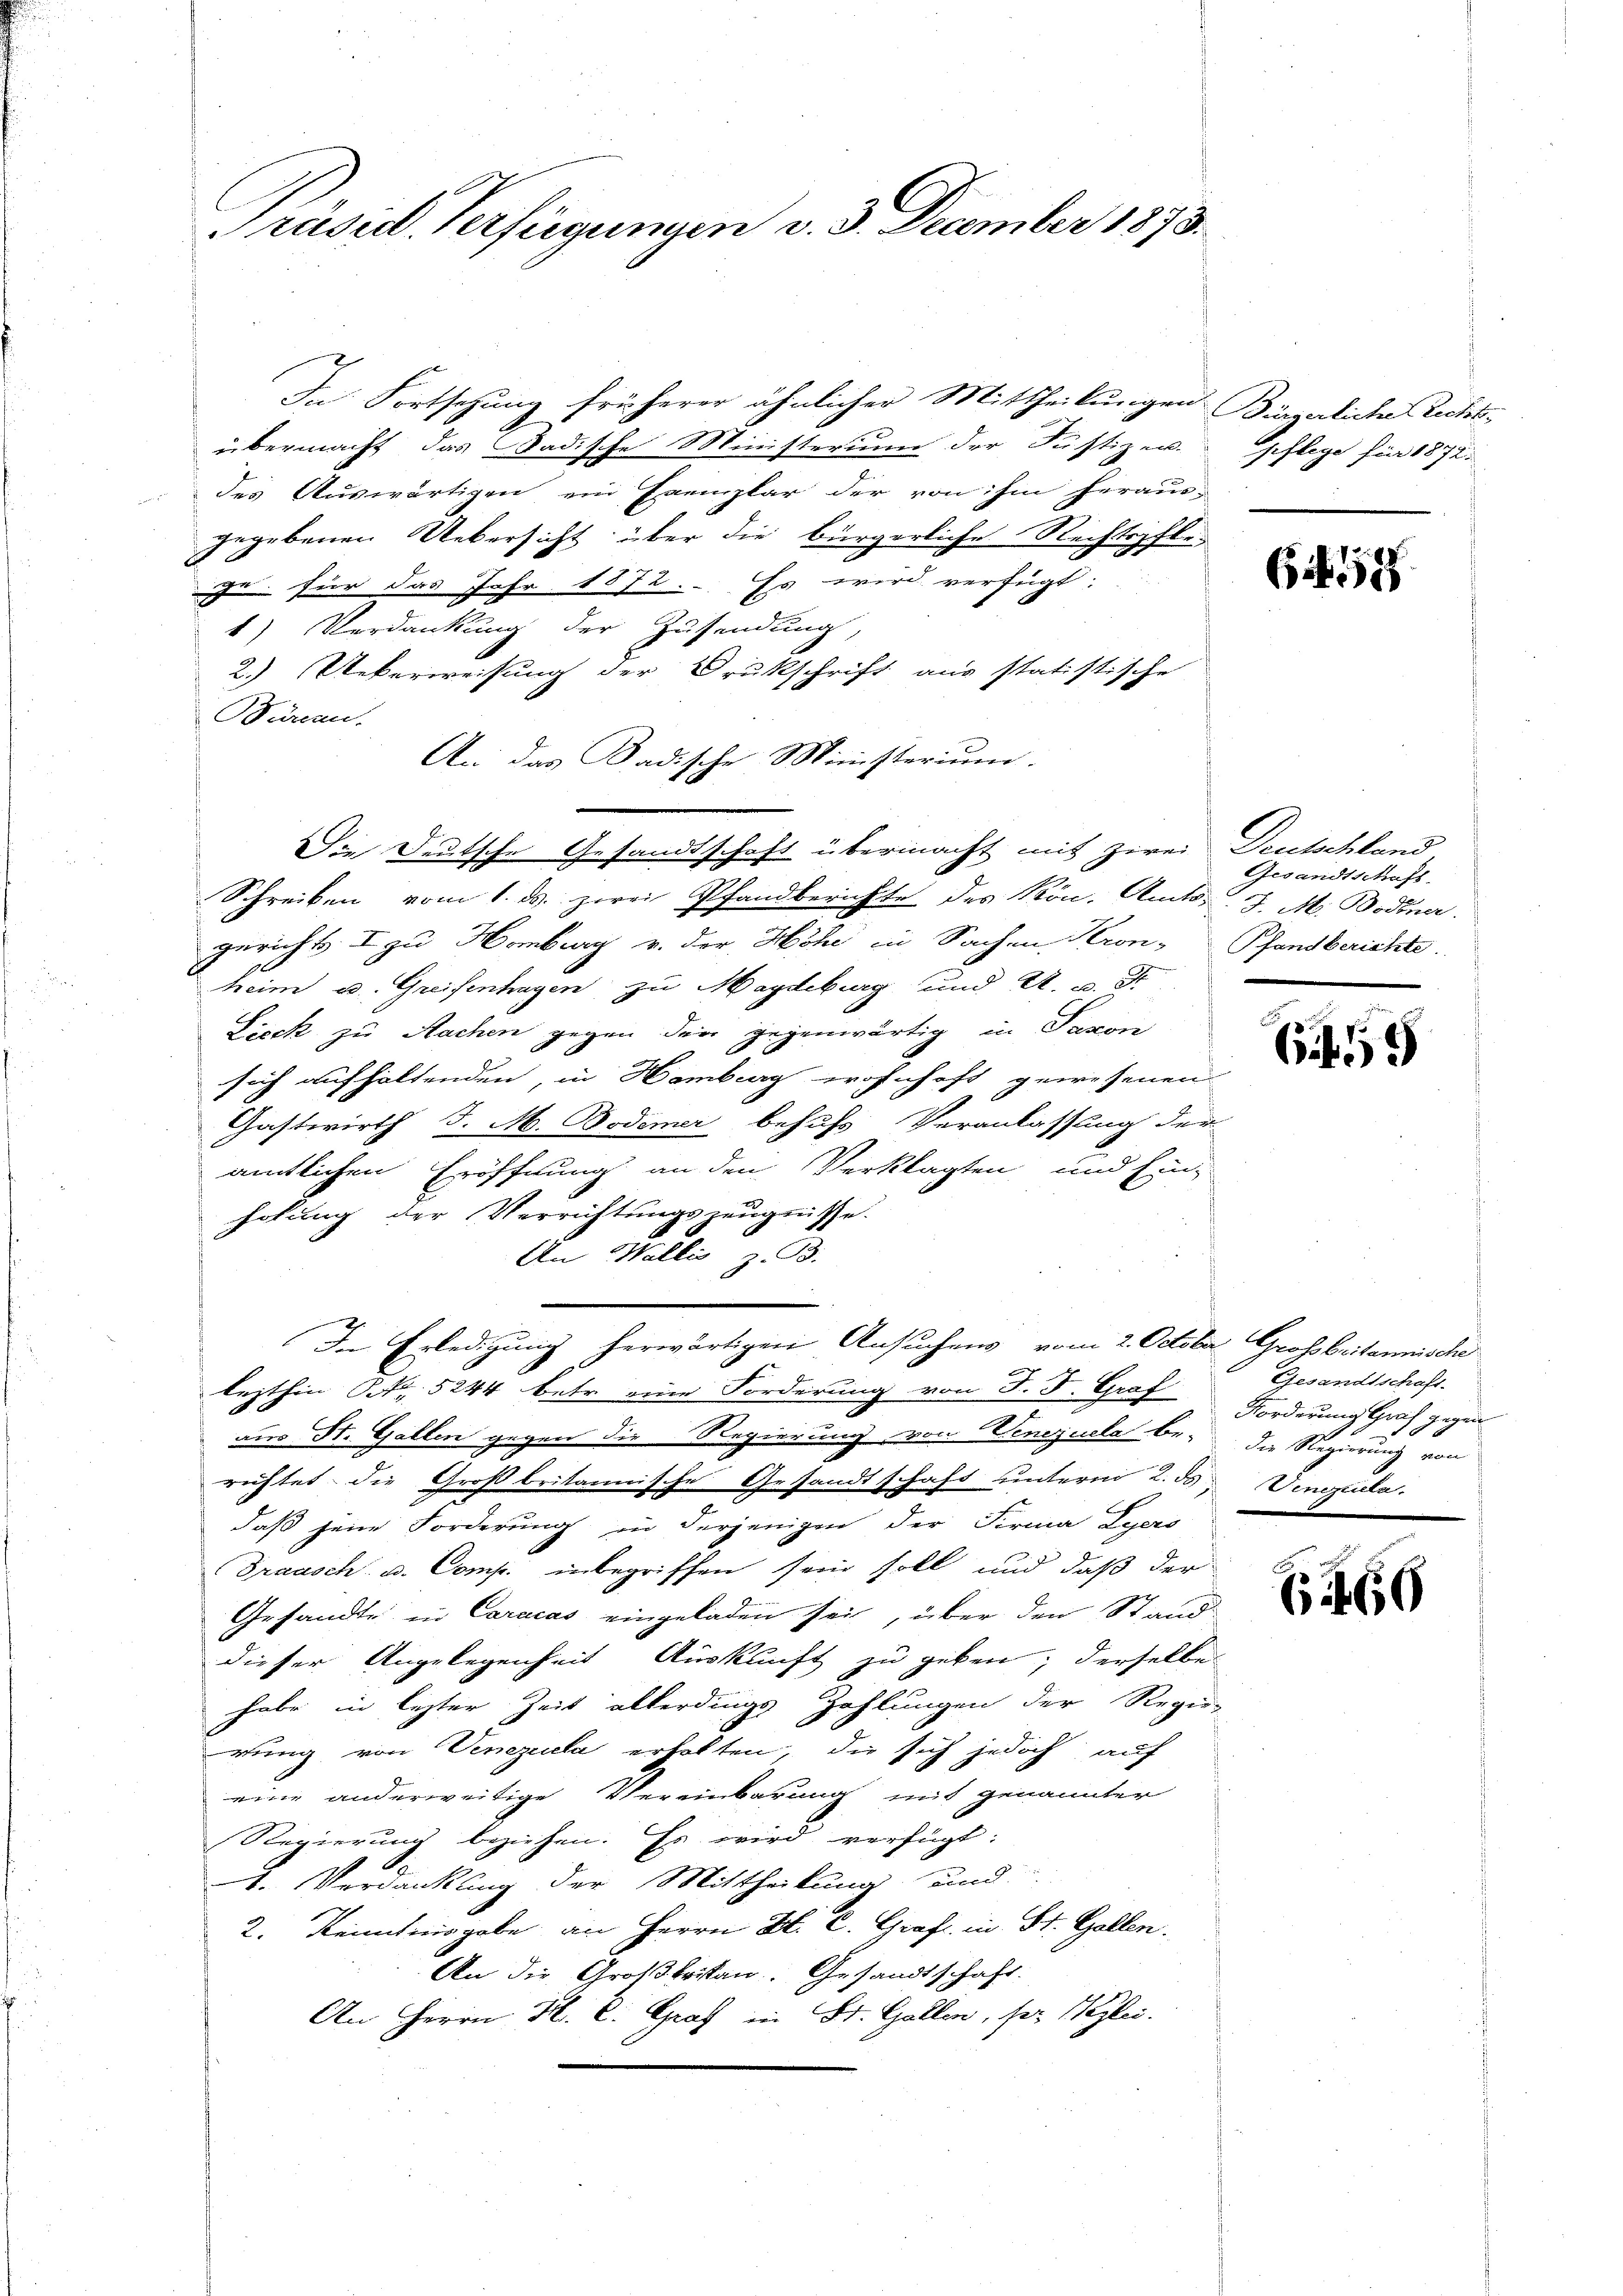
Präsid. Verfügungen v. 3. December 1873.

In Fortsehung früherer ähnlicher Mittheilungen Bürgerliche Rechti
übermacht, das Badische Ministerium der Justizer-
des Auswärtigen ein Exemplar der von ihm heraus-
gegebenen Uebersicht über die bürgerliche Rechtspfleze für das Jahr 1872. Es wird verfügt:
1) Verdankung der Zusendung,
2.) Ueberweisung der Drukschrift aus statistische
Bären.
An das Badische Ministerium.
Die Deutsche Gesandtschaft übermacht mit zwei Deutschland
Schreiben vom 1. ds. zwei Pfandberichte des Kön. Amtss. J. M. Bodenar
gericht I zu Hamburg v. der Höhe in Sachen Kron-
heim u. Greifenhagen zu Magdeburg und A. u. Fr
Lieck zu Nachen gegen den gegenwärtig in Saxon
d
sich aufhaltenden, in Hamberg wohnhaft gewesenen
Gastwirth J. M. Bodemer behufs Veranlassung der
amtlichen Eröffnung an den Verklagten und Ein-
holung der Verrichtungszeugnisse.
An Wallis, z. B.
In Erledigung herwärtigen Ansuchens vom 2. October Großbritannische
1
lezthin Betr. 5244 betr. eine Forderung von P. F. Graf
aus St. Gallen gegen die Regierung von Veneziala be- die Regierung von
richtet, die Großbritannische Gesandtschaft unterm 2. ds Vinzeln.
daß jene Forderung in derjenigen der Firma Lyers
Graasch u. Comp. inbegriffen sein soll und daß der
Gesandte in Caracas eingeladen sei, über den Stand
dieser Angelegenheit Auskunft zu geben; derselbe
habe in lezter Zeit allerdings Zahlungen der Regier
rung von Venezuela erhalten, die sich jedoch auf
eine anderweitige Vereinbarung mit genannter
Regierung beziehen. Es wird verfügt:
1. Verdankung der Mittheilung und
2. Kenntnisgabe an Herrn D. C. Graf in St. Gallen.
An die Großbritan. Gesandtschaft.
An Herrn H. C. Graf in St. Gallen, sei Weglei

pflege für 1872.

Git. 17

Gesandtschaft
Pfandberichte.

659

Gesandtschaft.
Forderung Graf gegen

6460